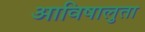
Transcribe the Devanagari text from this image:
आविषालुता